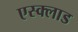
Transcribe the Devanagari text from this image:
एस्क्लाड